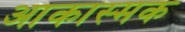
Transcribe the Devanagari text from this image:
आकास्मक